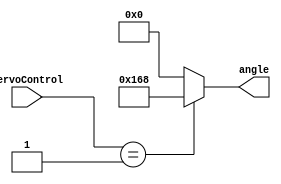
`timescale 1ns / 1ps
module servoControl_to_Angle(
    input [31:0] servoControl,
    output reg [8:0] angle
    );
    
    // Run when the value of the switches
    // changes
    always @ (servoControl)
    begin
        case (servoControl)
        // servoControl = 1
        1:
        angle = 9'd360;
        // servoControl = 0
        default:
        angle = 9'd0;
        endcase                 
    end
endmodule